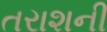
તરાશની